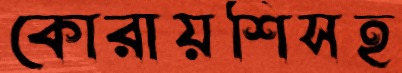
কোরায়শিসহ